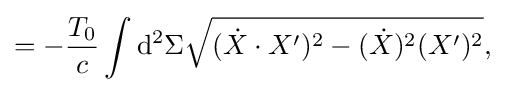
=-{\frac {T_{0}}{c}}\int \mathrm {d} ^{2}\Sigma {\sqrt {({\dot {X}}\cdot X')^{2}-({\dot {X}})^{2}(X')^{2}}},\